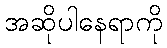
အဆိုပါနေရာကို